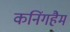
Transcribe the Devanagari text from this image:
कनिंगहैम